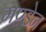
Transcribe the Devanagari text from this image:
मण्‍डेन